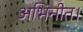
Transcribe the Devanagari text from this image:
अभिनीत।